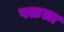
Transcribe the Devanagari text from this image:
पळला